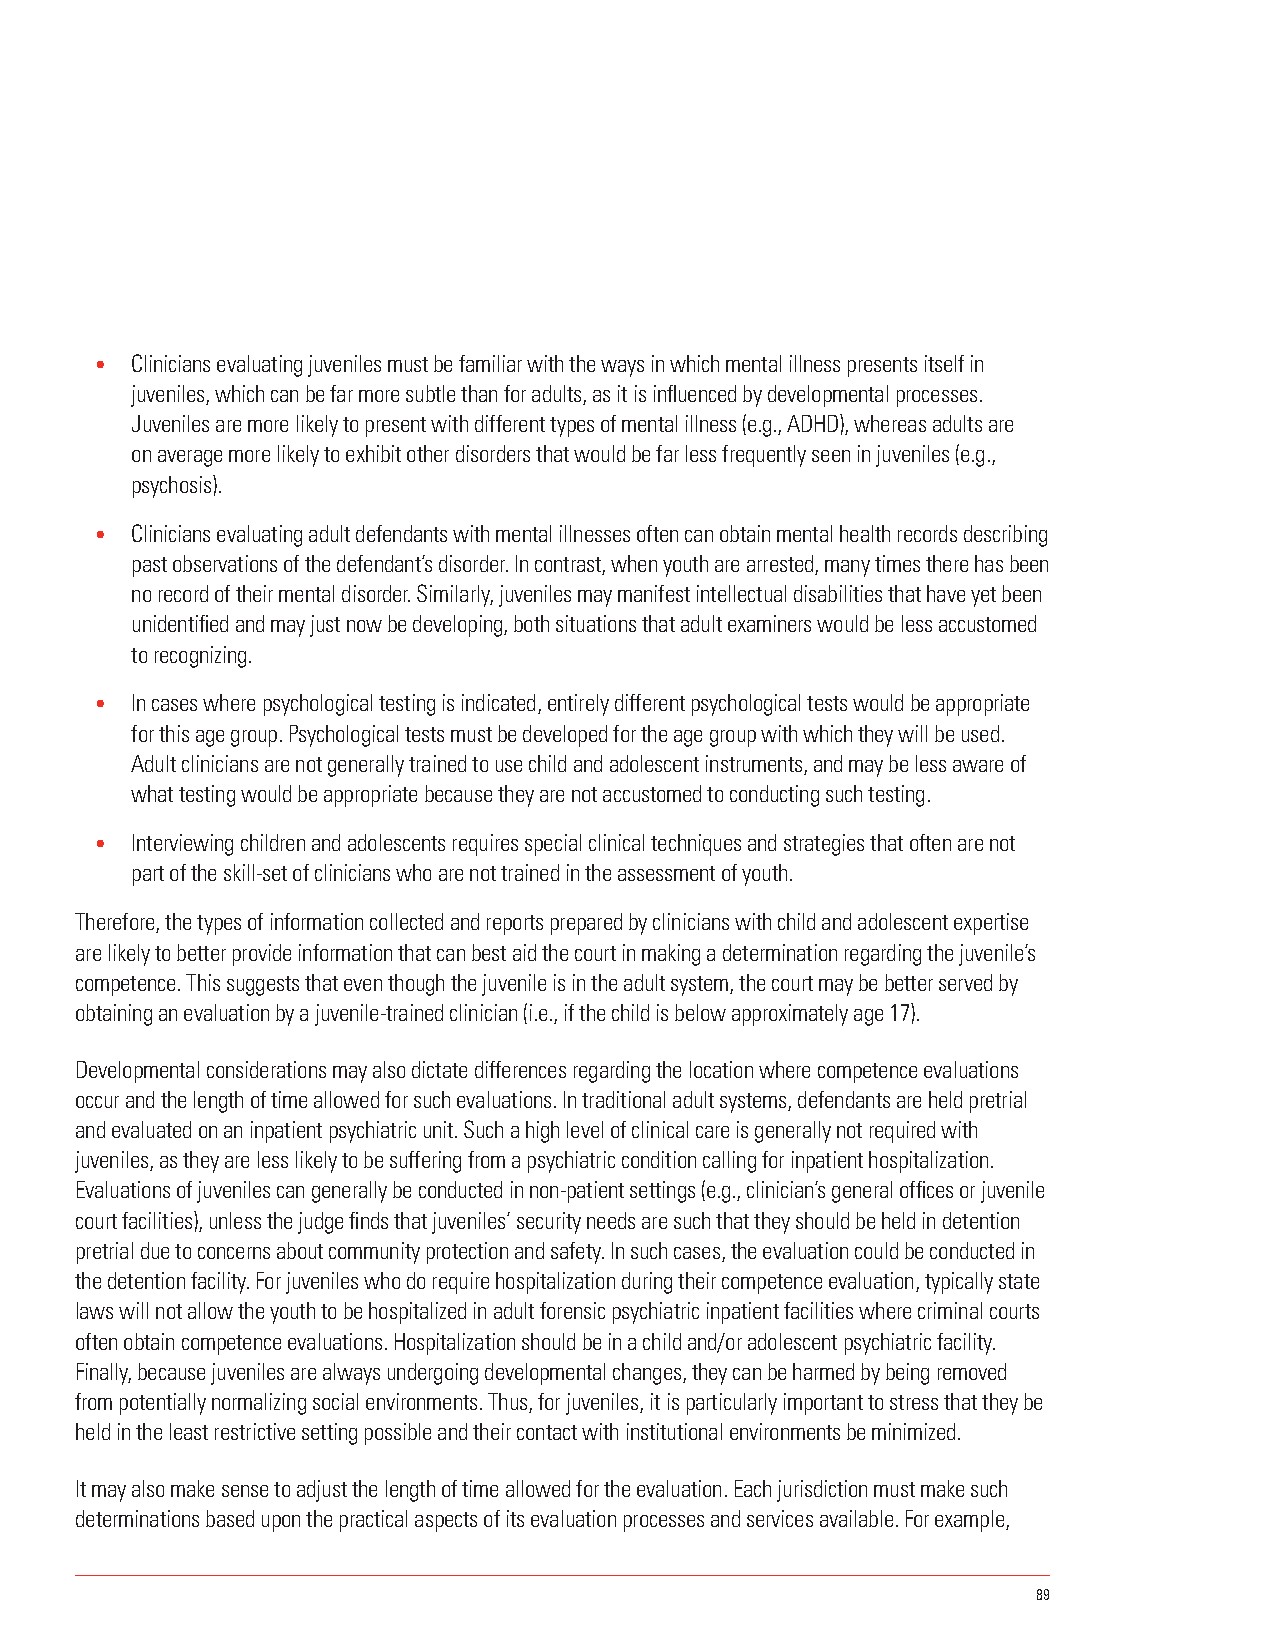
•  Clinicians evaluating juveniles must be familiar with the ways in which mental illness presents itself in
 juveniles, which can be far more subtle than for adults, as it is influenced by developmental processes.
 Juveniles are more likely to present with different types of mental illness (e.g., ADHD), whereas adults are
 on average more likely to exhibit other disorders that would be far less frequently seen in juveniles (e.g.,
 psychosis).
 •  Clinicians evaluating adult defendants with mental illnesses often can obtain mental health records describing
 past observations of the defendant’s disorder. In contrast, when youth are arrested, many times there has been
 no record of their mental disorder. Similarly, juveniles may manifest intellectual disabilities that have yet been
 unidentified and may just now be developing, both situations that adult examiners would be less accustomed
 to recognizing.
 •  In cases where psychological testing is indicated, entirely different psychological tests would be appropriate
 for this age group. Psychological tests must be developed for the age group with which they will be used.
 Adult clinicians are not generally trained to use child and adolescent instruments, and may be less aware of
 what testing would be appropriate because they are not accustomed to conducting such testing.
 •  Interviewing children and adolescents requires special clinical techniques and strategies that often are not
 part of the skill-set of clinicians who are not trained in the assessment of youth.
 Therefore, the types of information collected and reports prepared by clinicians with child and adolescent expertise
 are likely to better provide information that can best aid the court in making a determination regarding the juvenile’s
 competence. This suggests that even though the juvenile is in the adult system, the court may be better served by
 obtaining an evaluation by a juvenile-trained clinician (i.e., if the child is below approximately age 17).
 Developmental considerations may also dictate differences regarding the location where competence evaluations
 occur and the length of time allowed for such evaluations. In traditional adult systems, defendants are held pretrial
 and evaluated on an inpatient psychiatric unit. Such a high level of clinical care is generally not required with
 juveniles, as they are less likely to be suffering from a psychiatric condition calling for inpatient hospitalization.
 Evaluations of juveniles can generally be conducted in non-patient settings (e.g., clinician’s general offices or juvenile
 court facilities), unless the judge finds that juveniles’ security needs are such that they should be held in detention
 pretrial due to concerns about community protection and safety. In such cases, the evaluation could be conducted in
 the detention facility. For juveniles who do require hospitalization during their competence evaluation, typically state
 laws will not allow the youth to be hospitalized in adult forensic psychiatric inpatient facilities where criminal courts
 often obtain competence evaluations. Hospitalization should be in a child and/or adolescent psychiatric facility.
 Finally, because juveniles are always undergoing developmental changes, they can be harmed by being removed
 from potentially normalizing social environments. Thus, for juveniles, it is particularly important to stress that they be
 held in the least restrictive setting possible and their contact with institutional environments be minimized.
 It may also make sense to adjust the length of time allowed for the evaluation. Each jurisdiction must make such
 determinations based upon the practical aspects of its evaluation processes and services available. For example,
 89